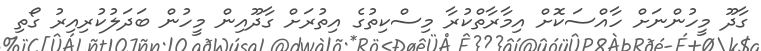
ގާދޫ މީހުންނަށް ހާއްސަކޮށް އިމާރާތްކުރާ މިސްކިތުގެ އިތުރަށް ގާދޫއިން މީހުން ބަދަލުކުރިއިރު ގޯތި